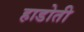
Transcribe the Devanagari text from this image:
हाडोती